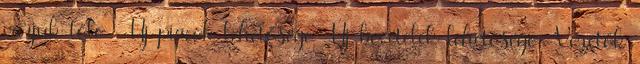
várjuk tőle -Új piacok lehetősége -Új bevételek lehetősége -Vezetők